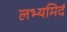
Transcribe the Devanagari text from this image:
लभ्यमिदं